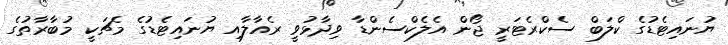
ޔުނައިޓެޑުގެ ކްލަބް ސެކްރެޓަރީ ޖޯން އެލެކްސެންޑާ ވިދާޅުވީ ރެއާލާއި ޔުނައިޓެޑުގެ މެޗަކީ މުބާރާތުގެ